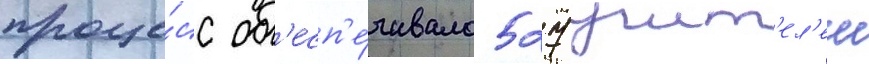
проце́сс об'есп'е́чивало 527 учит'ел'еи